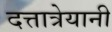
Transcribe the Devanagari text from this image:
दत्तात्रेयानी